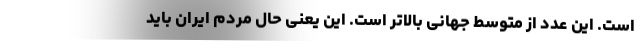
است. این عدد از متوسط جهانی بالاتر است. این یعنی حال مردم ایران باید